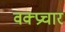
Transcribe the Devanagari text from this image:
वक्प्रचार